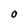
Character: 0